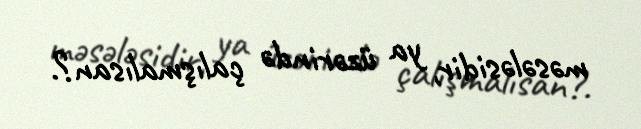
məsələsidir, ya üzərində çalışmalısan?.